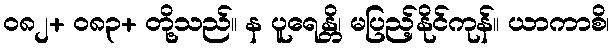
၀၈၂+ ၀၈၃+ တို့သည်။ န ပူရေန္တိ၊ မပြည့်နိုင်ကုန်။ ယာကာစိ၊